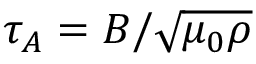
\tau _ { A } = B / \sqrt { \mu _ { 0 } \rho }